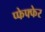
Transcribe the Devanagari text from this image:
प्फेफ्फेर